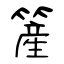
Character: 簅